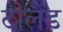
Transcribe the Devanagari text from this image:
टोलैंड